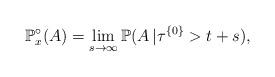
\begin{align*}\mathbb{P}^{\circ}_x(A ) =\lim_{s\to \infty}\mathbb{P}(A \,| \tau^{\{0\} } >t+s),\end{align*}